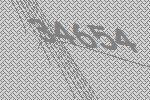
34654